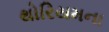
થોરિયમના